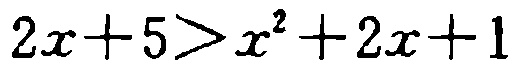
\(2x + 5>x^{2}+2x + 1\)